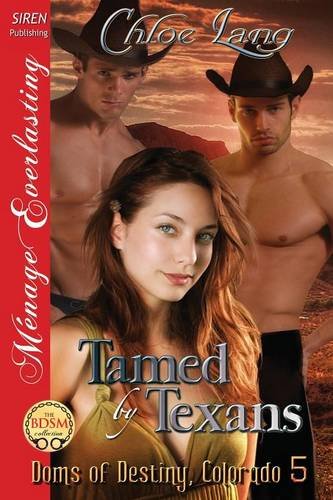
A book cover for Tamed by Texans [Doms of Destiny, Colorado 5] (Siren Publishing Menage Everlasting); Chloe Lang; Romance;